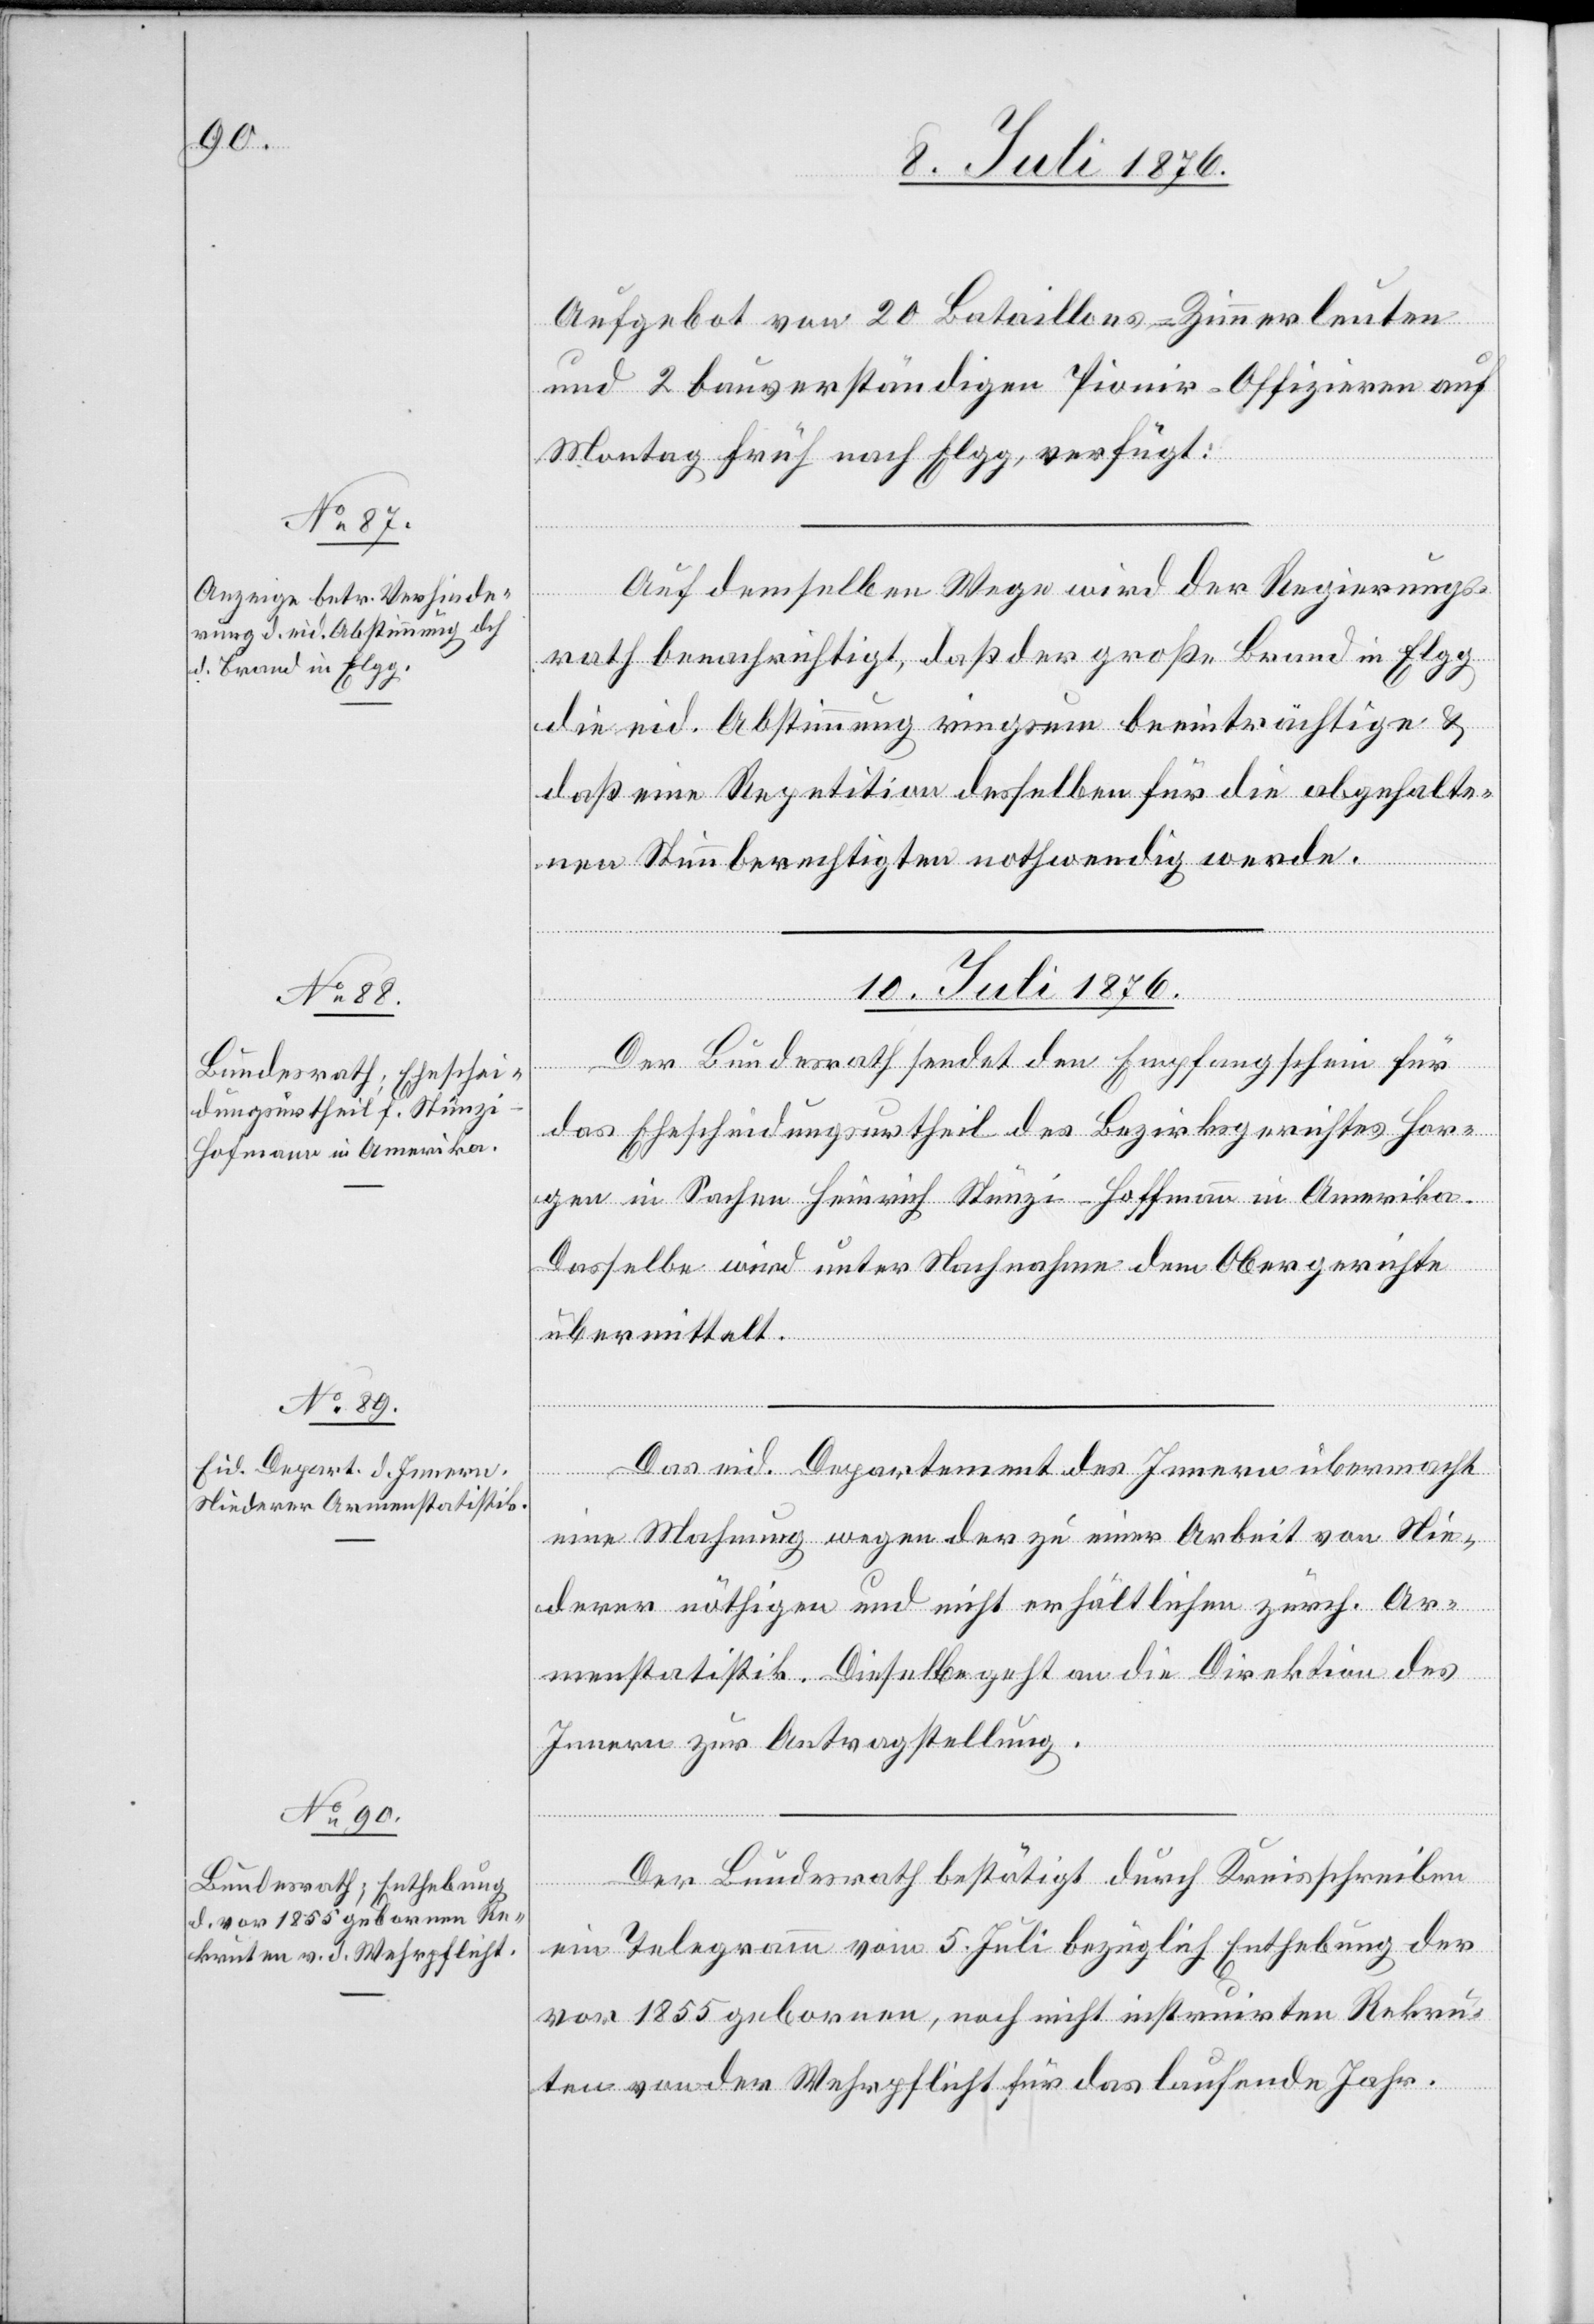
9. Juli 1876.]
Aufgebot von 20 Bataillons-Zimmerleuten
und 2 bauverständigen Pionir-Offizieren auf
Montag früh nach Elgg, verfügt:
[Forts¬
Auf demselben Wege wird der Regierungs¬
rath benachrichtigt, das der große Brand in Elgg
die eid. Abstimmung ringsum beeinträchtige &
daß eine Repetition desselben für die abgehalte¬
nen Stimmberechtigten nothwendig werde.
10. Juli 1876.]
etzung
Der Bundesrath sendet den Empfangschein für
das Ehescheidungsurtheil des Bezirksgerichtes Hor¬
gen in Sachen Heinrich Stünzi-Hoffmann in Amerika.
Dasselbe wird unter Nachnahme dem Obergerichte
übermittelt.
Das eid. Departement des Innern übermacht
eine Mahnung wegen der zu einer Arbeit von Nie¬
derer nöthigen und nicht erhältlichen zürch. Ar¬
menstatistik. Dieselbe geht an die Direktion des
Innern zur Antragstellung.
Der Bundesrath bestätigt durch Kreisschreiben
ein Telegramm vom 5. Juli bezüglich Enthebung der
vor 1855 gebornen, noch nicht instruirten Rekru¬
ten von der Wehrpflicht für das laufende Jahr.